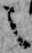
之